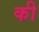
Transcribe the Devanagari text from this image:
की